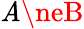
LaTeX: \mathit{A}\neB